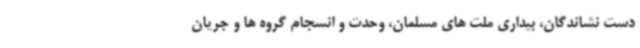
دست نشاندگان، بیداری ملت های مسلمان، وحدت و انسجام گروه ها و جریان